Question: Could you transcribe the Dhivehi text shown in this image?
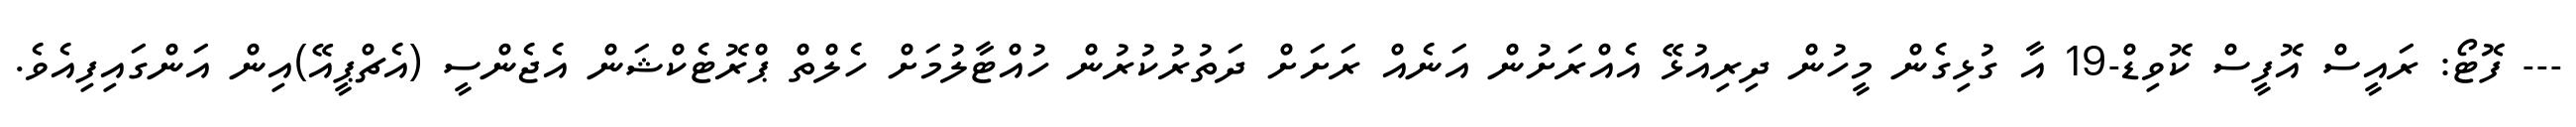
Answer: --- ފޮޓޯ: ރައީސް އޮފީސް ކޮވިޑް-19 އާ ގުޅިގެން މީހުން ދިރިއުޅޭ އެއްރަށުން އަނެއް ރަށަށް ދަތުރުކުރުން ހުއްޓާލުމަށް ހެލްތް ޕްރޮޓެކްޝަން އެޖެންސީ (އެޗްޕީއޭ)އިން އަންގައިފިއެވެ.